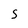
Character: S